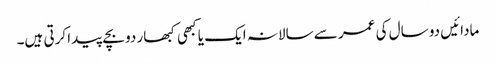
مادائیں دو سال کی عمر سے سالانہ ایک یا کبھی کبھار دو بچے پیدا کرتی ہیں۔